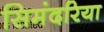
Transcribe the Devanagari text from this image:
सिमंदरिया